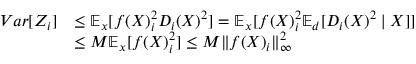
\begin{array} { r l } { V a r [ Z _ { i } ] } & { \le \mathbb { E } _ { x } [ f ( X ) _ { i } ^ { 2 } D _ { i } ( X ) ^ { 2 } ] = \mathbb { E } _ { x } [ f ( X ) _ { i } ^ { 2 } \mathbb { E } _ { d } [ D _ { i } ( X ) ^ { 2 } \mid X ] ] } \\ & { \leq M \mathbb { E } _ { x } [ f ( X ) _ { i } ^ { 2 } ] \leq M \Vert f ( X ) _ { i } \Vert _ { \infty } ^ { 2 } } \end{array}